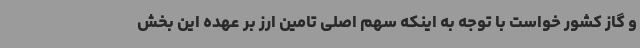
و گاز کشور خواست با توجه به اینکه سهم اصلی تامین ارز بر عهده این بخش